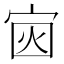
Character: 𪧏